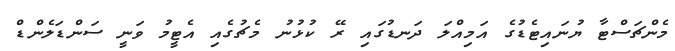
މެންޗަސްޓާ ޔުނައިޓެޑުގެ އަމިއްލަ ދަނޑުގައި ރޭ ކުޅުނު މެޗުގެއި އެޓީމު ވަނީ ސަންޑަލެންޑް